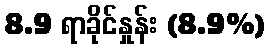
8.9 ရာခိုင်နှုန်း (8.9%)